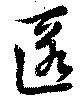
匿